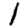
Digit: 1